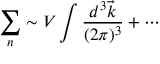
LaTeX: \sum _ { n } \sim V \int { \frac { d ^ { 3 } \vec { k } } { ( 2 \pi ) ^ { 3 } } } + \cdots